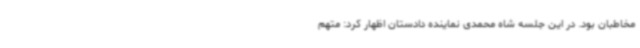
مخاطبان بود. در این جلسه شاه محمدی نماینده دادستان اظهار کرد: متهم